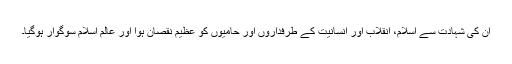
ان کی شہادت سے اسلام، انقلاب اور انسانیت کے طرفداروں اور حامیوں کو عظیم نقصان ہوا اور عالم اسلام سوگوار ہوگیا۔